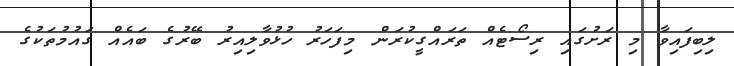
ލިބިފައިވާ މި ރަށުގައި ރިސޯޓެއް ތަރައްގީކުރަން މިފަހަރު ހުޅުވާލިއިރު ބޭރުގެ ބައެއް ގައުމުތަކުގެ